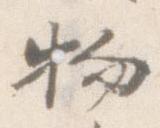
物